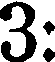
3: